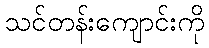
သင်တန်းကျောင်းကို